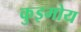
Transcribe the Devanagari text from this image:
कुइमोय